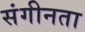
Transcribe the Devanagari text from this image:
संगीनता